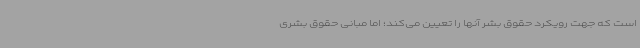
است که جهت رویکرد حقوق بشر آنها را تعیین می‌کند؛ اما مبانی حقوق بشری‌